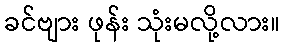
ခင်ဗျား ဖုန်း သုံးမလို့လား။